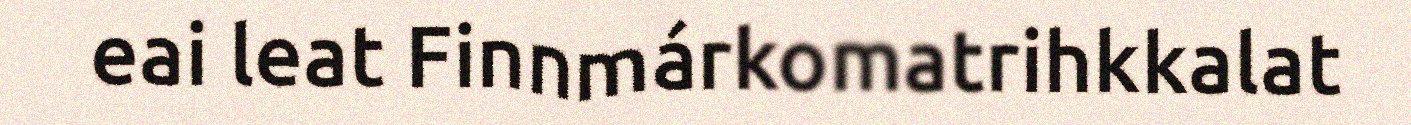
eai leat Finnmárkomatrihkkalat